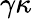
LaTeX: \gamma\kappa